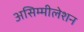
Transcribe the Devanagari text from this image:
असिम्मीलेशन